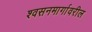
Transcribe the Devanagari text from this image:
श्वसनमार्गावरील